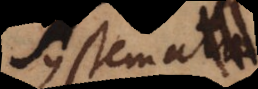
Systema